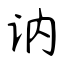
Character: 讷